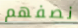
نصفهم